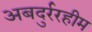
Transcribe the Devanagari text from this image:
अबदुर्ररहीम